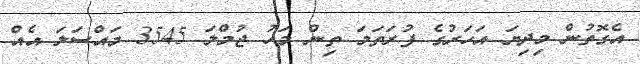
އެގޮތުން މިދިޔަ އަހަރުގެ ފުރަތަމަ ތިން މަހު ޖުމްލަ 3545 މައްސަލަ އެއް